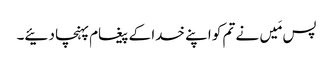
پس مَیں نے تم کو اپنے خدا کے پیغام پہنچا دئیے۔